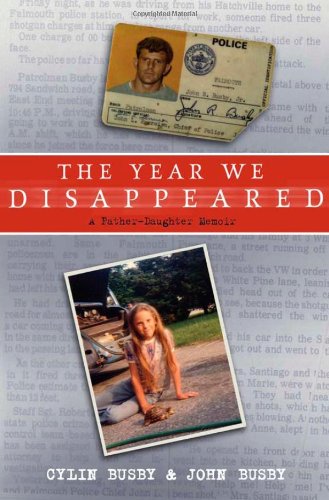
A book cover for The Year We Disappeared: A Father-Daughter Memoir; Cylin Busby; Teen & Young Adult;